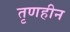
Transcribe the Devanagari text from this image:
तृणहीन